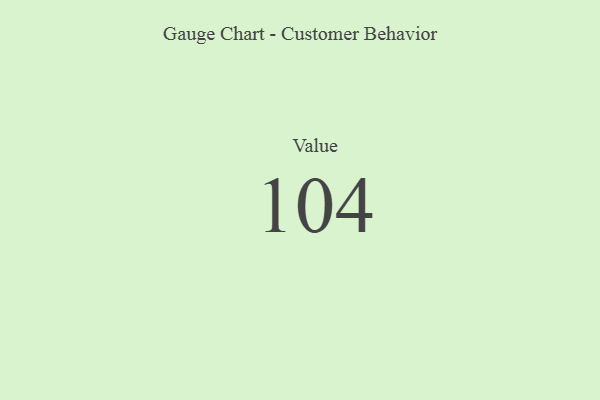
{"axis": {"x": "Metric", "y": "Value"}, "legend": [""], "data": [{"x": "Value", "y": 104, "type": ""}]}